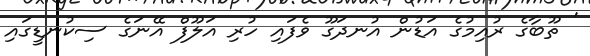
' ތޫބާގެ ރުއިމުގެ އަޑުން އުނދަގޫ ވެފައި ހުރި އަލޫފް އޭނަގެ ސިކުނޑީގައި